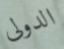
الدولى